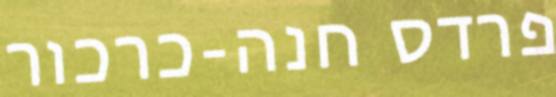
פרדס חנה-כרכור